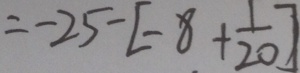
= - 2 5 - [ - 8 + \frac { 1 } { 2 0 } ]